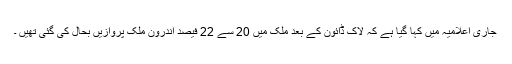
جاری اعلامیہ میں کہا گیا ہے کہ لاک ڈائون کے بعد ملک میں 20 سے 22 فیصد اندرون ملک پروازیں بحال کی گئی تھیں ۔